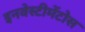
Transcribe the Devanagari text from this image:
इनवेस्टीमेंटोस